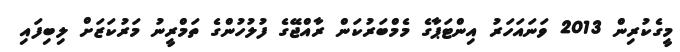
މީގެކުރިން 2013 ވަނައަހަރު އިންޓަޕާގެ މެމްބަރުކަން ރާއްޖޭގެ ފުލުހުންގެ ތަމްރީނު މަރުކަޒަށް ލިބިފައި